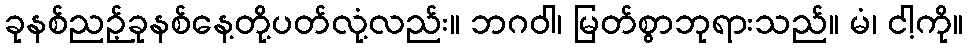
ခုနစ်ညဉ့်ခုနစ်နေ့တို့ပတ်လုံ့လည်း။ ဘဂဝါ၊ မြတ်စွာဘုရားသည်။ မံ၊ ငါ့ကို။